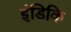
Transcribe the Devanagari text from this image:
इंडिकि